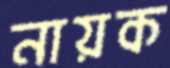
নায়ক